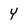
Character: y